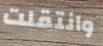
وانتقلت